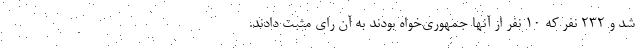
شد و ۲۳۲ نفر که ۱۰ نفر از آنها جمهوری‌خواه بودند به آن رای مثبت دادند.